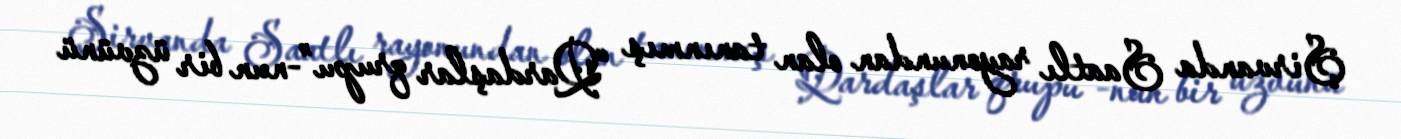
Şirvanda Saatlı rayonundan olan tanınmış “Qardaşlar qrupu”-nun bir üzvünü